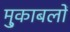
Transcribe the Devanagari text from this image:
मु्काबलों